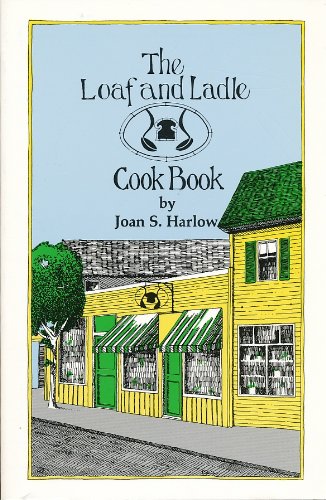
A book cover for The Loaf and Ladle Cook Book; Joan S. Harlow; Cookbooks, Food & Wine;